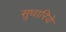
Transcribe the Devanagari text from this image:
सुधारिये